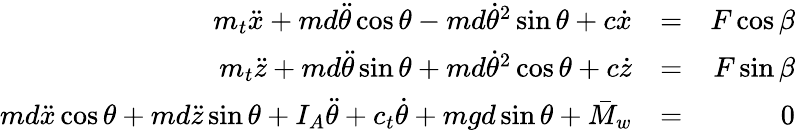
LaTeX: \begin{array}{rlr}{m_{t}\ddot{x}+md\ddot{\theta}\cos\theta-md\dot{\theta}^{2}\sin\theta+c\dot{x}}&{=}&{F\cos\beta}\\ {m_{t}\ddot{z}+md\ddot{\theta}\sin\theta+md\dot{\theta}^{2}\cos\theta+c\dot{z}}&{=}&{F\sin\beta}\\ {md\ddot{x}\cos\theta+md\ddot{z}\sin\theta+I_{A}\ddot{\theta}+c_{t}\dot{\theta}+mgd\sin\theta+\bar{M}_{w}}&{=}&{0}\end{array}